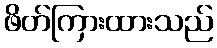
ဖိတ်ကြားထားသည်